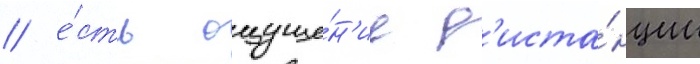
/ е́сть ощуще́н'ие д'иста́нции